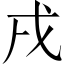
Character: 戌